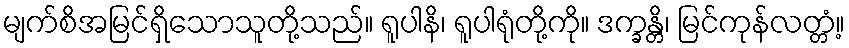
မျက်စိအမြင်ရှိသောသူတို့သည်။ ရူပါနိ၊ ရူပါရုံတို့ကို။ ဒက္ခန္တိ၊ မြင်ကုန်လတ္တံ့။